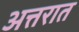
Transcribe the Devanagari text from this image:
अत्तरात